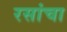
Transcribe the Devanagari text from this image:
रसांचा